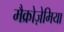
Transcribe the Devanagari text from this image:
मैक्रोज़ेमिया